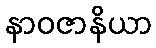
နာဝဇာနိယာ